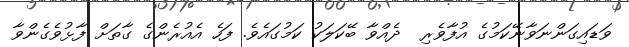
ވަޑައިގަންނަވާނޭކަމުގެ އުފާވެރި  ދެއްވާ ބޭކަލަކު ކަމުގައެވެ. ފަހެ އެއުރެންގެ ގާތަށް ފާޅުވެގެންވާ